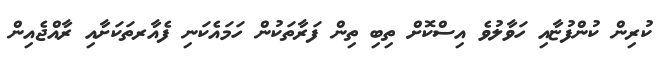
ކުރިން ކުންފުޏާއި ހަވާލުވެ އިސްކޮށް ތިބި ތިން ފަރާތަކުން ހަމައެކަނި ފެއާރތަކަށާއި ރާއްޖެއިން